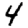
Digit: 4